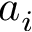
a _ { i }